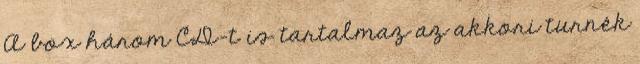
A box három CD-t is tartalmaz az akkori turnék